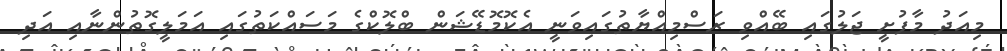
މިއަދު މާފުށީ ޖަލުގައި ބޭއްވި ރަސްމިއްޔާތުގައިވަނީ އެކޮމޮޑޭޝަން ބްލޮކްގެ މަސައްކަތުގައި އަމަލީގޮތުންނާއި އަދި